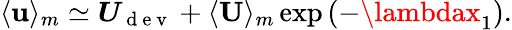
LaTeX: \langle\boldsymbol{\mathbf{u}}\rangle_{m}\simeq\boldsymbol{U}_{\mathrm{{~d~e~v~}}}+\langle\textbf{{U}}\rangle_{m}\exp\left(-\lambdax_{1}\right).